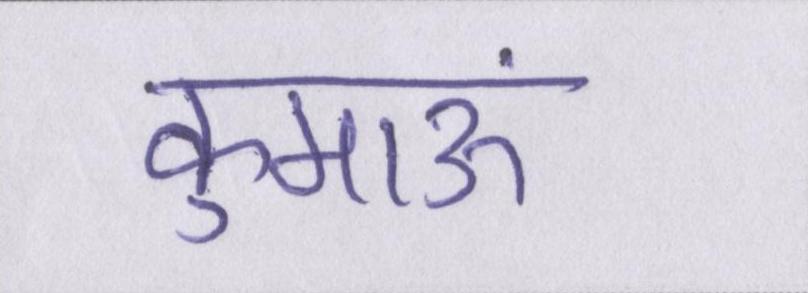
कुमाऊं